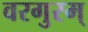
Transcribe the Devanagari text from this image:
वरगुरम्